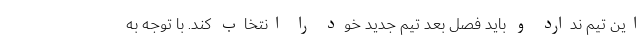
این تیم ندارد و باید فصل بعد تیم جدید خود را انتخاب کند. با توجه به